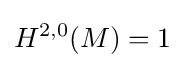
H^{2,0}(M)=1